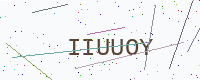
Text: IIUUOY